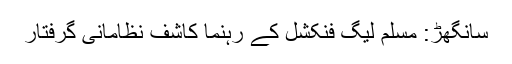
سانگھڑ: مسلم لیگ فنکشل کے رہنما کاشف نظامانی گرفتار